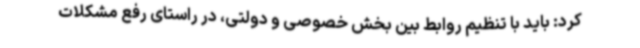
کرد: باید با تنظیم روابط بین بخش خصوصی و دولتی، در راستای رفع مشکلات